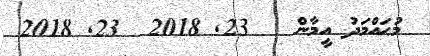
މުޙައްމަދު އީމާން   23